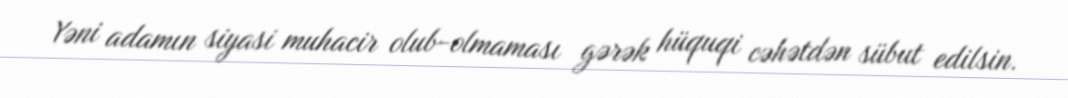
Yəni adamın siyasi muhacir olub-olmaması gərək hüquqi cəhətdən sübut edilsin.